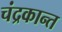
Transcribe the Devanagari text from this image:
चंद्रकान्त